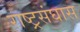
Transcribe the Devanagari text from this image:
राष्ट्रसंघास